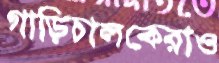
গাড়িচালকেরাও